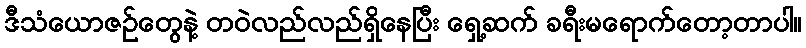
ဒီသံယောဇဉ်တွေနဲ့ တဝဲလည်လည်ရှိနေပြီး ရှေ့ဆက် ခရီးမရောက်တော့တာပါ။